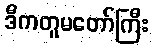
ဒီကတူမတော်ကြီး